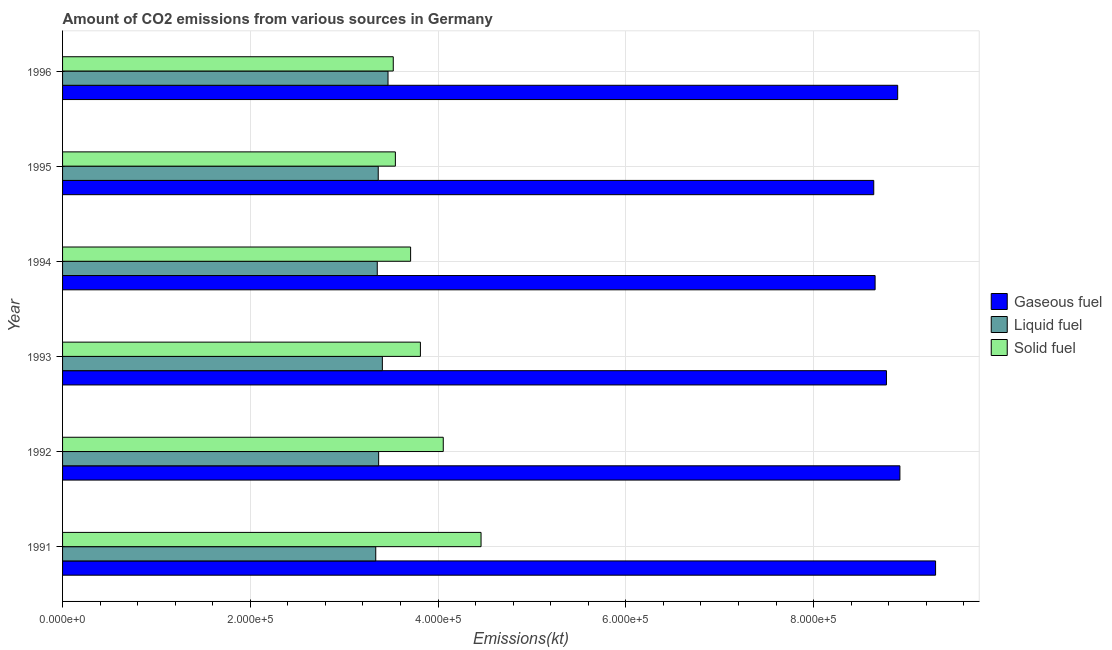
| Year | Gaseous fuel | Liquid fuel | Solid fuel |
 | --- | --- | --- | --- |
 | 1991 | 9.3e+05 | 3.34e+05 | 4.46e+05 |
 | 1992 | 8.92e+05 | 3.37e+05 | 4.06e+05 |
 | 1993 | 8.78e+05 | 3.41e+05 | 3.81e+05 |
 | 1994 | 8.66e+05 | 3.35e+05 | 3.71e+05 |
 | 1995 | 8.64e+05 | 3.36e+05 | 3.55e+05 |
 | 1996 | 8.9e+05 | 3.47e+05 | 3.52e+05 |